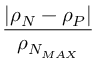
\frac { | \rho _ { N } - \rho _ { P } | } { \rho _ { N _ { M A X } } }